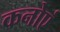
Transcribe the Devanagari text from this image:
कनोएं